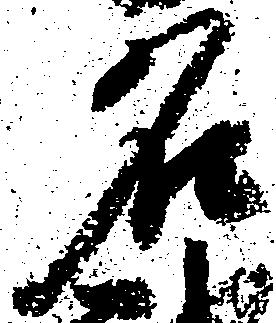
名